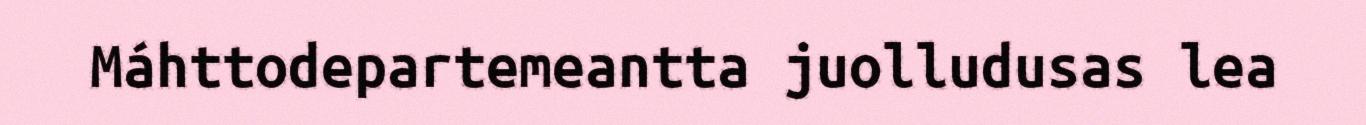
Máhttodepartemeantta juolludusas lea